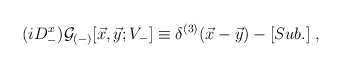
\begin{align*}(i D_-^x) {\cal G}_{(-)}[{\vec x},{\vec y}; V_-] \equiv\delta^{(3)}({\vec x} - {\vec y}) - [Sub.] \;,\end{align*}